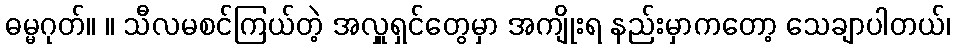
ဓမ္မဂုတ်။ ။ သီလမစင်ကြယ်တဲ့ အလှူရှင်တွေမှာ အကျိုးရ နည်းမှာကတော့ သေချာပါတယ်၊